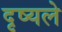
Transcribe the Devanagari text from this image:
दृष्यले